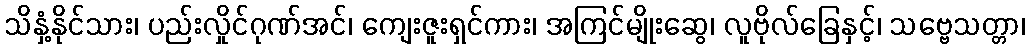
သိနှံ့နိုင်သား၊ ပည်းလှိုင်ဂုဏ်အင်၊ ကျေးဇူးရှင်ကား၊ အကြင်မျိုးဆွေ၊ လူဗိုလ်ခြေနှင့်၊ သဗ္ဗေသတ္တာ၊